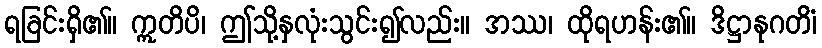
ရခြင်းရှိ၏။ ဣတိပိ၊ ဤသို့နှလုံးသွင်း၍လည်း။ အဿ၊ ထိုရဟန်း၏။ ဒိဋ္ဌာနုဂတိံ၊